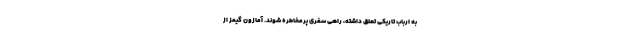
به ارباب تاریکی تعلق داشته، راهی سفری پرمخاطره شوند. آمازون گیمز از